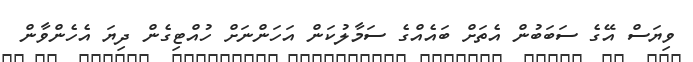
ވިޔަސް އޭގެ ސަބަބުން އެތަށް ބައެއްގެ ސަމާލުކަން އަހަންނަށް ހުއްޓިގެން ދިޔަ އެހެންވާން